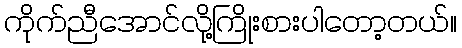
ကိုက်ညီအောင်လို့ကြိုးစားပါတော့တယ်။